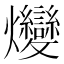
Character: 𤓩